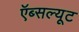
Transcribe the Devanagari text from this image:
ऍब्सल्यूट